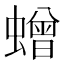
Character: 𮔿